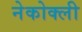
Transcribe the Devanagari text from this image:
नेकोक्ली